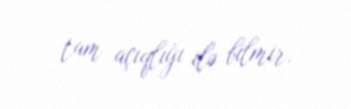
tam açıqlığı ilə bilmir.